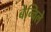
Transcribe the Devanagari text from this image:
बेन्विले